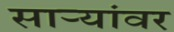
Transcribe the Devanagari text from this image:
साऱ्यांवर